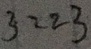
3 2 2 3